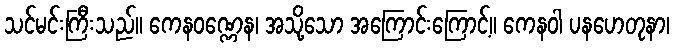
သင်မင်းကြီးသည်။ ကေနဝဏ္ဏေန၊ အသို့သော အကြောင်းကြောင့်။ ကေနဝါ ပနဟေတုနာ၊